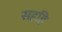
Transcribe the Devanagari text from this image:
सहहि